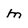
Character: m